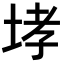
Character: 𡌉